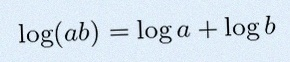
\log(ab)=\log a+\log b